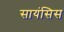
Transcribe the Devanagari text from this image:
सायंसिस